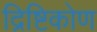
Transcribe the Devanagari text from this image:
द्रिष्टिकोण